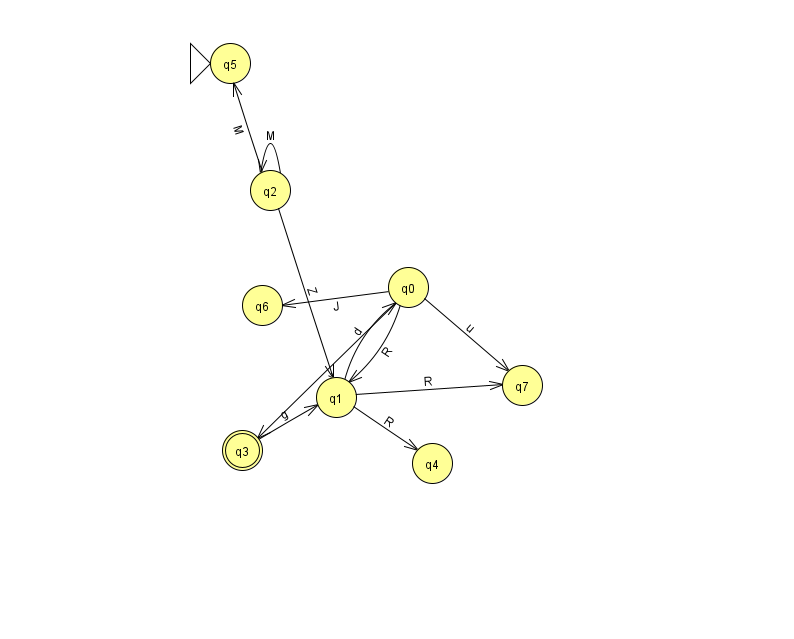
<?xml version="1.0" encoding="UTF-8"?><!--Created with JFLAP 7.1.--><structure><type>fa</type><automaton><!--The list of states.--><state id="0" name="q0"><x>408.0</x><y>274.0</y></state><state id="1" name="q1"><x>336.0</x><y>384.0</y></state><state id="2" name="q2"><x>270.0</x><y>177.0</y></state><state id="3" name="q3"><x>242.0</x><y>437.0</y><final/></state><state id="4" name="q4"><x>432.0</x><y>450.0</y></state><state id="5" name="q5"><x>230.0</x><y>50.0</y><initial/></state><state id="6" name="q6"><x>262.0</x><y>292.0</y></state><state id="7" name="q7"><x>522.0</x><y>372.0</y></state><!--The list of transitions.--><transition><from>1</from><to>7</to><read>R</read></transition><transition><from>1</from><to>4</to><read>R</read></transition><transition><from>3</from><to>1</to><read>g</read></transition><transition><from>0</from><to>3</to><read>y</read></transition><transition><from>0</from><to>1</to><read>R</read></transition><transition><from>0</from><to>6</to><read>J</read></transition><transition><from>0</from><to>7</to><read>u</read></transition><transition><from>2</from><to>2</to><read>M</read></transition><transition><from>1</from><to>0</to><read>d</read></transition><transition><from>2</from><to>1</to><read>Z</read></transition><transition><from>2</from><to>5</to><read>M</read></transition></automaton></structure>